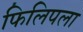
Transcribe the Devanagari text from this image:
फिलिपला